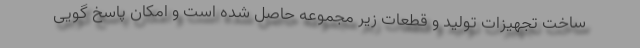
ساخت تجهیزات تولید و قطعات زیر مجموعه حاصل شده است و امکان پاسخ گویی